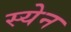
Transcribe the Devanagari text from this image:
स्येन